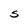
Character: S